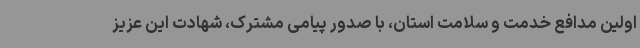
اولین مدافع خدمت و سلامت استان، با صدور پیامی مشترک، شهادت این عزیز